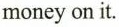
moneyon it.